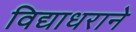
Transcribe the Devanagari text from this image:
विद्याधराने